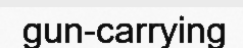
gun-carrying